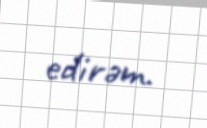
edirəm.